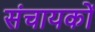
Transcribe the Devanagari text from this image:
संचायकों